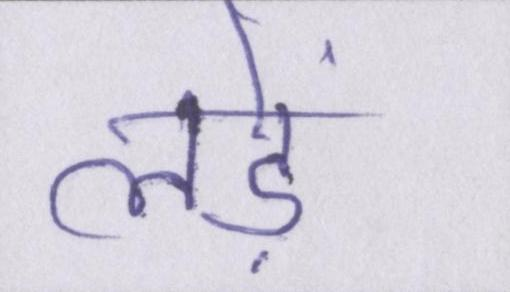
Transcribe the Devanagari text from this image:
लड़ें